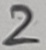
Text: 2